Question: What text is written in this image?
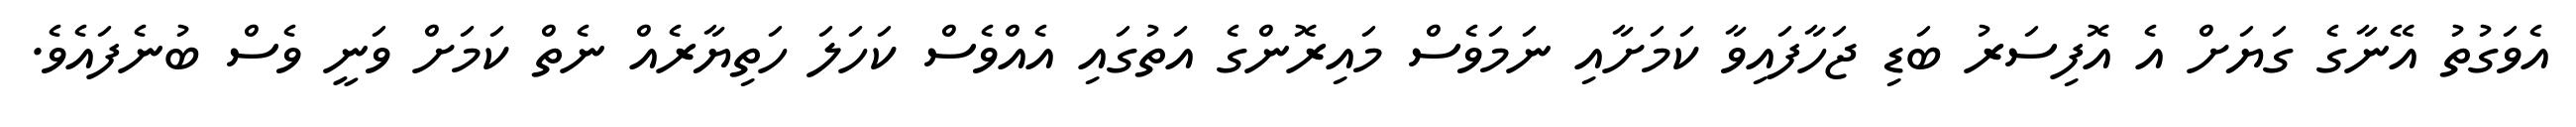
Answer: އެވަގުތު އޭނާގެ ގަޔަށް އެ އޮފިސަރު ބަޑި ޖަހާފައިވާ ކަމަށާއި ނަމަވެސް މައިރޮންގެ އަތުގައި އެއްވެސް ކަހަލަ ހަތިޔާރެއް ނެތް ކަމަށް ވަނީ ވެސް ބުނެފައެވެ.